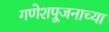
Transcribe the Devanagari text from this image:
गणेशपूजनाच्या